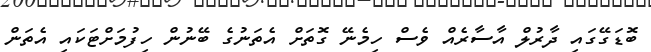
ބޮޑަގޭގައި ދާރުލް އާާސާރެއް ވެސް ހިމެނޭ ގޮތަށް އެތަނުގެ ބޭނުން ހިފުމަށްޓަކައި އެތަން